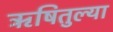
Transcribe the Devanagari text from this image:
ऋषितुल्या